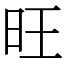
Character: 旺